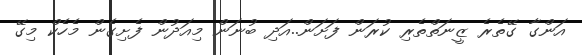
އަންގާ ގޭތެރެ ޒީނަތްތެރި ކުރަން ފަށަން..އަދި ބުނަން މިއަދުން ފެށިގެން މެހެކް މިގޭ